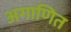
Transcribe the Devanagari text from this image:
अगाणित